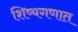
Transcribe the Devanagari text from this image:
शिष्यगणात